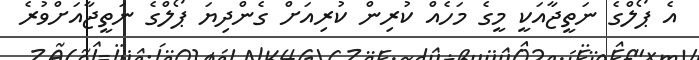
އެ ޕޯލްގެ ނަތީޖާއަކީ މީގެ މަހެއް ކުރިން ކުރިއަށް ގެންދިޔަ ޕޯލްގެ ނަތީޖާއަށްވުރެ